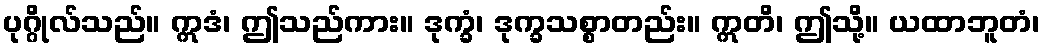
ပုဂ္ဂိုလ်သည်။ ဣဒံ၊ ဤသည်ကား။ ဒုက္ခံ၊ ဒုက္ခသစ္စာတည်း။ ဣတိ၊ ဤသို့။ ယထာဘူတံ၊